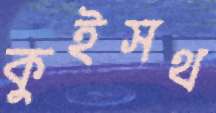
কুইসথ